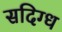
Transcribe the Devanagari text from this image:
सदिग्ध